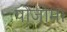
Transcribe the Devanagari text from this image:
पोजोमा